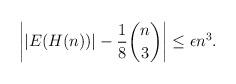
LaTeX: \begin{align*} \left| |E(H(n))| - \frac{1}{8} \binom{n}{3} \right| \leq \epsilon n^3. \end{align*}